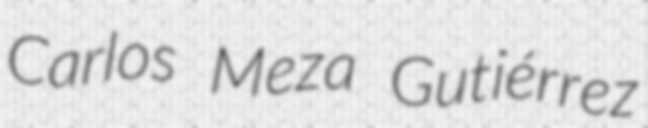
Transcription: Carlos Meza Gutiérrez